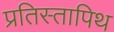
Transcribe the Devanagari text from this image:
प्रतिस्तापिथ